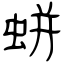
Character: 蛢